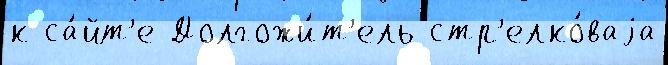
к са́йт'е Долгожи́т'ель стр'елко́ваjа